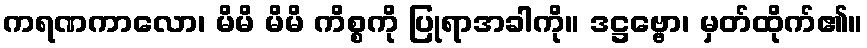
ကရဏကာလော၊ မိမိ မိမိ ကိစ္စကို ပြုရာအခါကို။ ဒဋ္ဌဗ္ဗော၊ မှတ်ထိုက်၏။